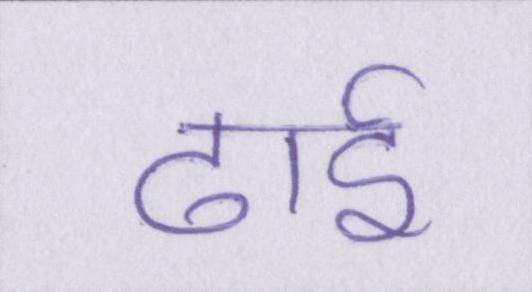
ढाई